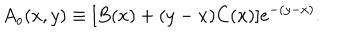
LaTeX: A _ { o } ( x , y ) \equiv [ B ( x ) + ( y - x ) C ( x ) ] e ^ { - ( y - x ) } .